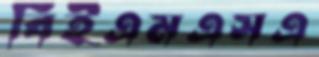
বিইএমএসএ